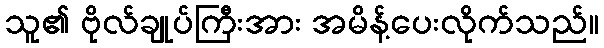
သူ၏ ဗိုလ်ချုပ်ကြီးအား အမိန့်ပေးလိုက်သည်။